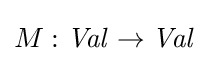
M:{\mathit {Val}}\to {\mathit {Val}}